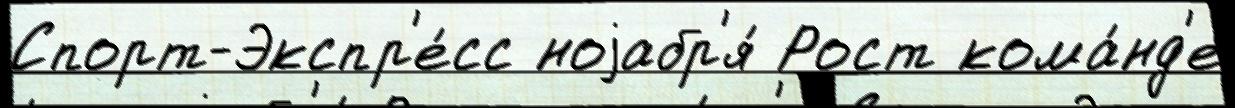
Спорт-Экспр'е́сс ноjабр'я́ Рост кома́нд'е